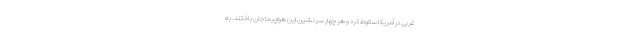
غربی در آمریکا سقوط کرد و هر چهار سرنشین این هواپیما جان باختند. به